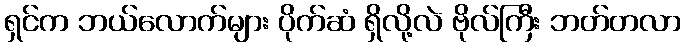
ရှင်က ဘယ်လောက်များ ပိုက်ဆံ ရှိလို့လဲ ဗိုလ်ကြီး ဘတ်တလာ